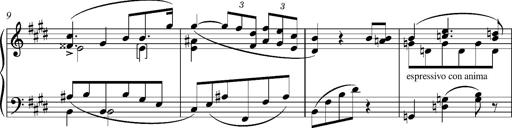
Title: Madrigal
Composer: Lucien Wurmser
Key: A major